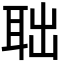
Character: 聉